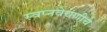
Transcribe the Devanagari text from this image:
स्वप्नवेचणीचे